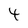
Character: 4